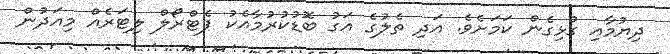
ދިޔުމާއި ގުޅިގެން ކަމަށެވެ. އަދި ތެލުގެ އަގު ބޮޑުކުރުމާއެކު ޕެޓްރޯލް ލިޓަރެއް މިއަދުން